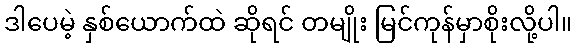
ဒါပေမဲ့ နှစ်ယောက်ထဲ ဆိုရင် တမျိုး မြင်ကုန်မှာစိုးလို့ပါ။